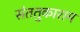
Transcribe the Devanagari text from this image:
संततुकाराम